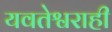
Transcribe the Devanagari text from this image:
यवतेश्वराही